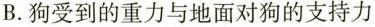
B.狗受到的重力与地面对狗的支持力